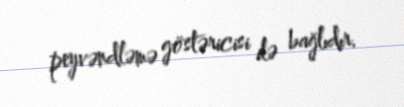
peyvəndləmə göstəricisi ilə bağlıdır.